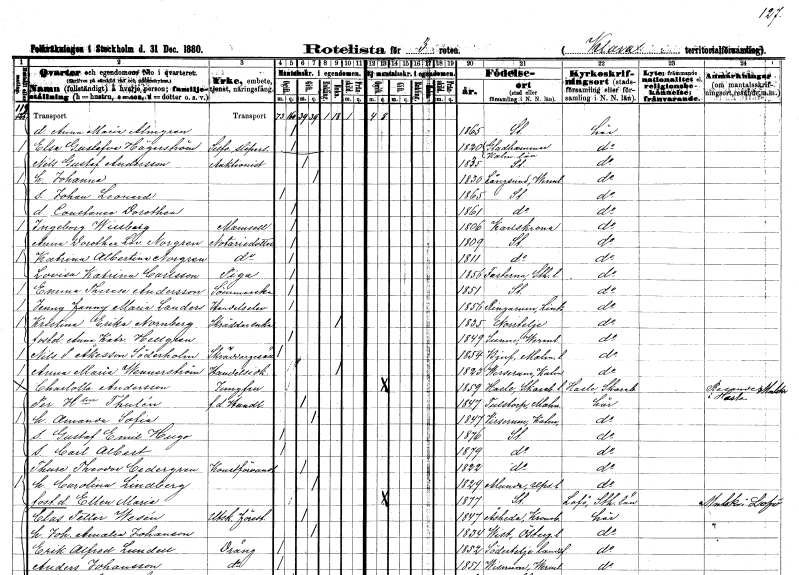
gt_parse: households: individuals: FN: Anna Maria
EN: Almgren
KON: K
CIV: O
FODAR: 1865
FODFORS: Stockholm
FN: Elsa Gustafva
EN: Hägerström
YRKE: Silversliperska
KON: K
CIV: O
FODAR: 1820
FODFORS: Gladhammar Kalmar län
FN: Nils Gustaf
EN: Andersson
YRKE: Auktionist
KON: M
CIV: G
FODAR: 1835
FODFORS: Stockholm
FN: Johanna
KON: K
CIV: G
FODAR: 1830
FODFORS: Långserud Värmlands län
FN: Johan Leonard
KON: M
CIV: O
FODAR: 1865
FODFORS: Stockholm
FN: Constance Dorothea
KON: K
CIV: O
FODAR: 1861
FODFORS: Stockholm
FN: Ingeborg
EN: Willberg
KON: K
CIV: O
FODAR: 1806
FODFORS: Karlskrona Blekinge län
FN: Anna Dorothea Lovisa
EN: Norgren
YRKE: Notariedotter
KON: K
CIV: O
FODAR: 1809
FODFORS: Stockholm
FN: Katrina Albertina
EN: Norgren
YRKE: Notariedotter
KON: K
CIV: O
FODAR: 1811
FODFORS: Stockholm
FN: Lovisa Katrina
EN: Carlsson
YRKE: Piga
KON: K
CIV: O
FODAR: 1856
FODFORS: Fasterna Stockholms län
FN: Emma Therese
EN: Andersson
YRKE: Sömmerska
KON: K
CIV: O
FODAR: 1851
FODFORS: Stockholm
FN: Jenny Fanny Maria
EN: Landers
YRKE: Handelselev
KON: K
CIV: O
FODAR: 1856
FODFORS: Ringarum Östergötlands län
FN: Kristina Erika
EN: Nornberg
YRKE: Skräddareänka
KON: K
CIV: E
FODAR: 1835
FODFORS: Norrtälje Stockholms län
FN: Anna Katrina
EN: Hellgren
KON: K
CIV: O
FODAR: 1849
FODFORS: Sunne Värmlands län
FN: Nils P.
EN: Åkesson Söderholm
YRKE: Skräddaregesäll
KON: M
CIV: O
FODAR: 1854
FODFORS: Bjuv Malmöhus län
FN: Anna Maria
EN: Wennerström
YRKE: Handelsidkare
KON: K
CIV: E
FODAR: 1823
FODFORS: Virserum Kalmar län
FN: Charlotta
EN: Andersson
YRKE: Jungfru
KON: K
CIV: O
FODAR: 1859
FODFORS: Hassle Skaraborgs län
FN: Per
EN: H:son Thulén
YRKE: Handlande f.d.
KON: M
CIV: G
FODAR: 1847
FODFORS: Tullstorp Malmöhus län
FN: Amanda Sofia
KON: K
CIV: G
FODAR: 1847
FODFORS: Virserum Kalmar län
FN: Gustaf Emil Hugo
KON: M
CIV: O
FODAR: 1876
FODFORS: Stockholm
FN: Carl Albert
KON: M
CIV: O
FODAR: 1879
FODFORS: Stockholm
FN: Thure Theodor
EN: Cedergren
YRKE: Konstförvandt
KON: M
CIV: G
FODAR: 1822
FODFORS: Stockholm
FN: Carolina
EN: Lindberg
KON: K
CIV: G
FODAR: 1829
FODFORS: Alunda Uppsala län
FN: Ellen Maria
KON: K
CIV: O
FODAR: 1877
FODFORS: Stockholm
FN: Clas Petter
EN: Wesén
YRKE: Utskänkningsföreståndare
KON: M
CIV: G
FODAR: 1847
FODFORS: Åseda Kronobergs län
FN: Johanna Amalia
EN: Johanson
KON: K
CIV: G
FODAR: 1834
FODFORS: Vist Östergötlands län
FN: Erik Alfred
EN: Lundell
YRKE: Dräng
KON: M
CIV: O
FODAR: 1852
FODFORS: Södertälje landsförsamling Stockholms län
FN: Anders
EN: Johansson
YRKE: Dräng
KON: M
CIV: O
FODAR: 1851
FODFORS: Visnum Värmlands län